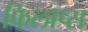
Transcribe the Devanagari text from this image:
फिलाप्स